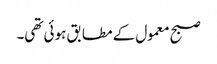
صبح معمول کے مطابق ہوئی تھی۔